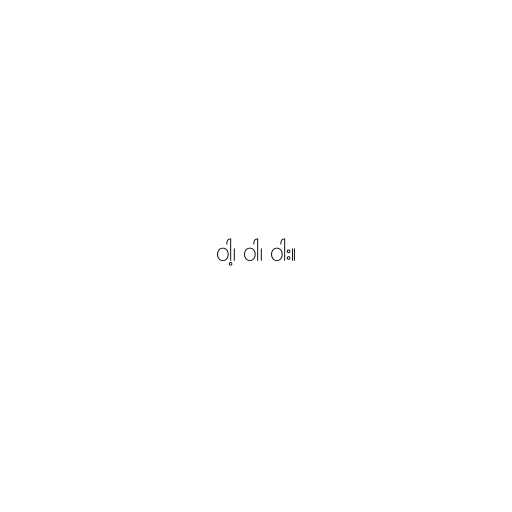
ဝါ့၊ ဝါ၊ ဝါး။